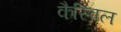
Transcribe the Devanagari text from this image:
कैस्विल